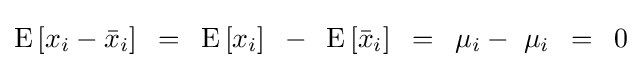
{\rm {E}}\left[{x_{i}-{\bar {x}}_{i}}\right]\,\,\,=\,\,\,{\rm {E}}\left[{x_{i}}\right]\,\,\,-\,\,\,{\rm {E}}\left[{{\bar {x}}_{i}}\right]\,\,\,=\,\,\,\mu _{i}-\,\,\mu _{i}\,\,\,=\,\,\,0